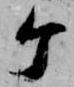
ヶ